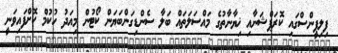
ފިލިޕީންސްގައި ކޮރަޕްޝަނާއި ޚިޔާނާތުގެ މައްސަލަތައް ބަލާ ސެންޑިގަންބަޔަން ކޯޓުން މިއަދު ހުކުމް ކޮށްފައިވަނީ